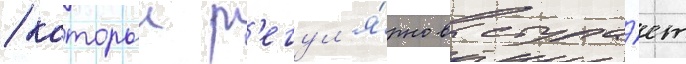
/ которыи р'егул'я́рно выступа́ет